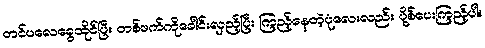
တင်ပလေခွေထိုင်ပြီး တစ်ဖက်ကိုခေါင်းလှည့်ပြီး ကြည့်နေတဲ့ပုံလေးလည်း ပို့စ်ပေးကြည့်ပါ။